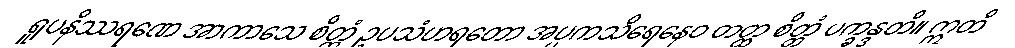
ရူပနိဿရဏေ အာကာသေ စိတ္တံ ဥပသံဟရတော အပ္ပကသိရေနေဝ တတ္ထ စိတ္တံ ပက္ခန္ဒတိ။ ဣတိ